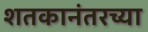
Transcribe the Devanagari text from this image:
शतकानंतरच्या